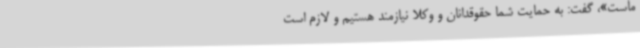
ماست»، گفت: به حمایت شما حقوقدانان و وکلا نیازمند هستیم و لازم است